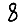
Digit: 8